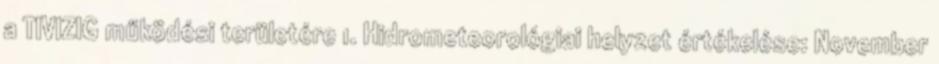
a TIVIZIG működési területére 1. Hidrometeorológiai helyzet értékelése: November